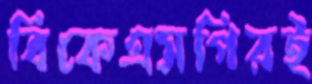
বিকেএসপিরই